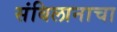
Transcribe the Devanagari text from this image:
संबिलानाचा